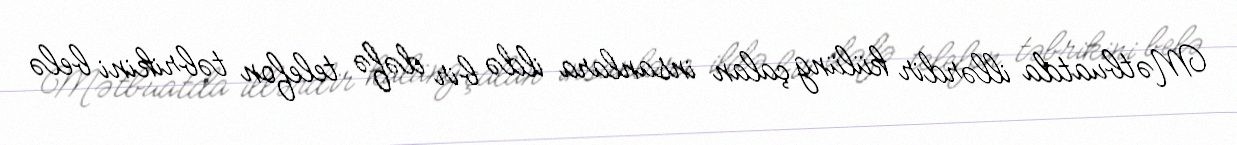
Mətbuatda illərdir külüng çalan insanlara ildə bir dəfə telefon təbrikini belə